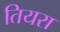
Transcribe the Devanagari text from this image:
तियरा